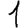
Digit: 1